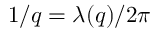
1 / q = \lambda ( q ) / 2 \pi